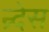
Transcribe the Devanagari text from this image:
न्र्देस